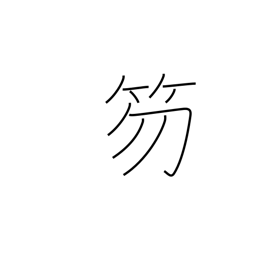
Meaning: baton